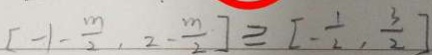
[ - 1 - \frac { m } { 2 } , 2 - \frac { m } { 2 } ] \geq [ - \frac { 1 } { 2 } , \frac { 3 } { 2 } ]